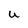
Character: U